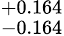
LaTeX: ^{+0.164}_{-0.164}